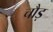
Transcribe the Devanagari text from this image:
चौड़